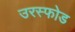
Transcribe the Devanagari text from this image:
उरस्फोड